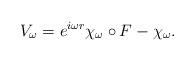
LaTeX: \begin{align*} V_\omega=e^{i\omega r}\chi_\omega\circ F-\chi_\omega.\end{align*}